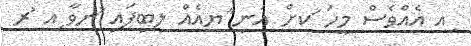
ިއ އެއްވެސް މީހަ ަކށް އަނި ާޔއެއް ލިބިފައި ުނވާ ިއ ުރ